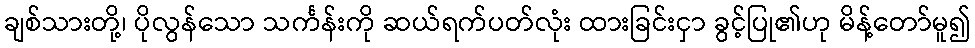
ချစ်သားတို့၊ ပိုလွန်သော သင်္ကန်းကို ဆယ်ရက်ပတ်လုံး ထားခြင်းငှာ ခွင့်ပြု၏ဟု မိန့်တော်မူ၍